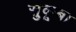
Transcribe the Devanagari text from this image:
सुकूबा